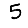
Digit: 5